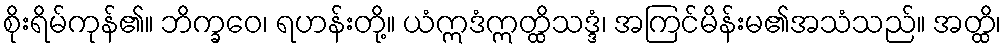
စိုးရိမ်ကုန်၏။ ဘိက္ခဝေ၊ ရဟန်းတို့။ ယံဣဒံဣတ္ထိသဒ္ဒံ၊ အကြင်မိန်းမ၏အသံသည်။ အတ္ထိ၊